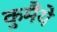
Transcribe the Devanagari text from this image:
कुमैंये